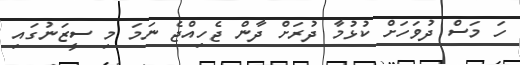
ހަ މަސް ދުވަހަށް ކުޅުމާ ދުރަށް ދާން ޖެހިއްޖެ ނަމަ މި ސީޒަނުގައި